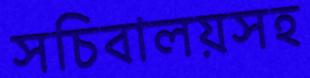
সচিবালয়সহ